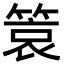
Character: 𬕞